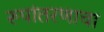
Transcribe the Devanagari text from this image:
रूपांतरणाचा